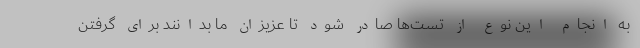
به انجام این نوع از تست‌ها صادر شود تا عزیزان ما بدانند برای گرفتن